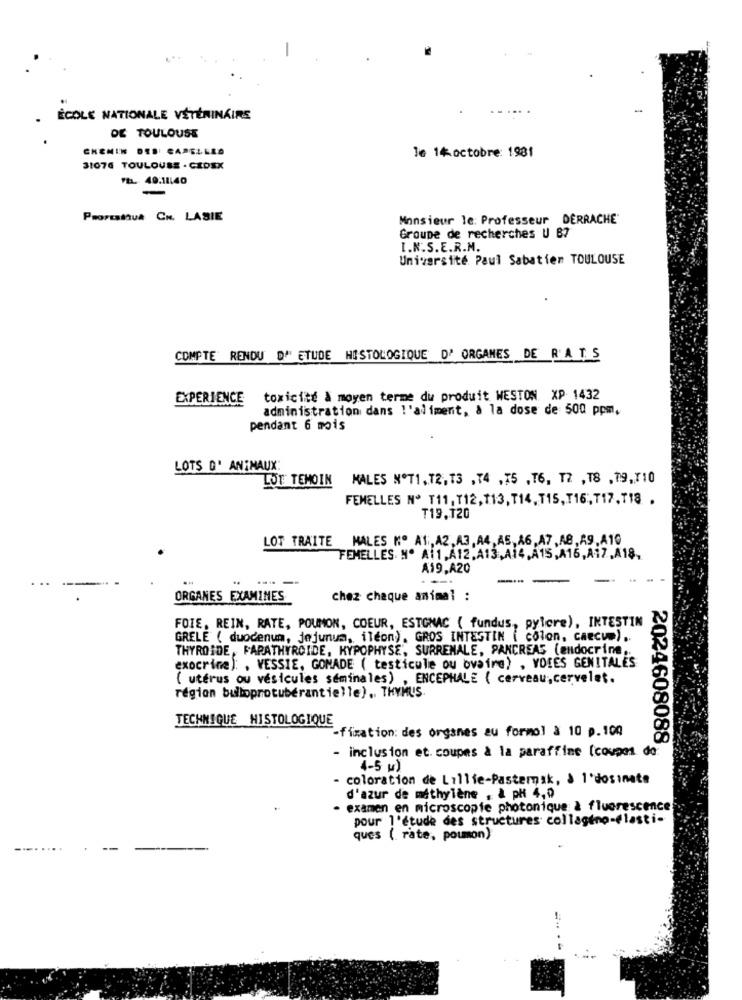
ÉCOLE NATIONALE VÉTÉRINÁIRS
DE TOULOUSE
le 14 octobre: 1981
31076 TOULOUSE - CEDEX
PLL 49.11140
-
PRorestua CH. LASIE
Monsieur le: Professeur DERRACHE'
Groupe de recherches U B7
I.N.S.E.R.M.
Université Paul Sabatier TOULOUSE
COMPTE RENDU D' ETUDE HISTOLOGIQUE D'ORGANES DE R A T. S
EXPERIENCE
toxicité & moyen terme du produit WESTON. XP 1432
administration dans l'aliment, à la dose de 500 ppm,
pendant 6 mois
LOTS D' ANIMAUX:
LOT TEMOIN
MALES NºT1,T2,13 , 74 ,75 ,16, TZ , 18 , 79,710
FEMELLES Nº T11, T12,113,T14,115,T16;T17,T18 .
T19.120
LOT TRAITE MALES Nº AT, A2,A3, A4, AS, A6,A7,AB, A9,A10
FEMELLES Nº A11, A12,A13,A14, A15,A15,A17,A18,
A19,A20
ORGANES EXAMINES
chez chaque animal :
FOIE, REIN, RATE, POUMON, COEUR, ESTGNAC ( fundus, pylore), INTESTIN
GRELE ( duodenum, jejunum, iléon). GROS INTESTIN ( colon, caecum) ..
THYROIDE, PARATHYROIDE, HYPOPHYSE, SURRENALE, PANCREAS (endocrine ..
exocrine): , VESSIE, GONADE ( testicule ou ovaire) , VOIES GENITALES
( utérus ou vésicules seminales) , ENCEPHALE { cerveau, cervelet.
région bulloprotuberantielle) .. THYMUS
TECHNIQUE HISTOLOGIQUE
-fixation: des organes au formol à 10 p. 100
- inclusion et. coupes à la paraffine [coupes do:
2024608088.
4-5 w)
coloration de Lillie-Pastemak, à l'dosinate
d'azur de méthylène , & pH 4,9
examen en microscopie photonique & fluorescence
pour l'étude des structures collageno-elasti-
ques ( rate, poumon)